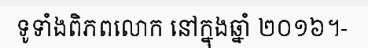
ទូទាំងពិភពលោក នៅក្នុងឆ្នាំ ២០១៦។-